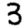
Digit: 3